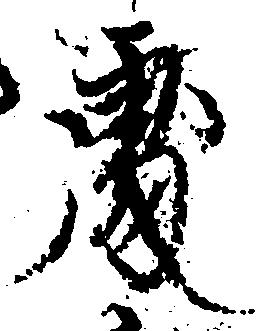
処